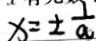
x = \pm \frac { 1 } { a }